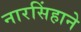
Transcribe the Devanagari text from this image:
नारसिंहाने